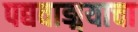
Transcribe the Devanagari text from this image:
पद्यवाङ्मयाचा